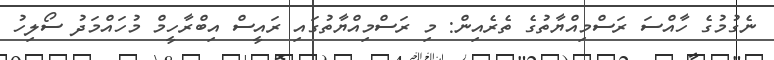
ނެގުމުގެ ހާއްސަ ރަސްމިއްޔާތުގެ ތެރެއިން: މި ރަސްމިއްޔާތުގައި ރައީސް އިބްރާހީމް މުހައްމަދު ސޯލިހު